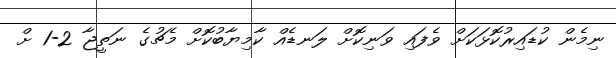
ނިމެން ކުޑައިރުކޮޅަކަށް ވެފައި ވަނިކޮށް ލަނޑެއް ކާމިޔާބުކޮށް މެޗުގެ ނަތީޖާ 2-1 ށް